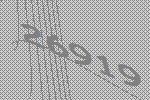
26919